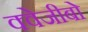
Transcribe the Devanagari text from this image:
क्वेजीबो